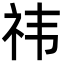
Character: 祎